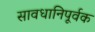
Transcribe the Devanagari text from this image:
सावधानिपूर्वक